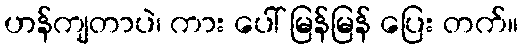
ဟန်ကျတာပဲ၊ ကား ပေါ် မြန်မြန် ပြေး တက်။